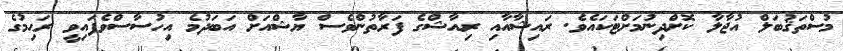
މުސްތަޤުބަލް އުޖާލާ ކޮށްދިނުމަށްޓަކައެވެ. ރައިޝާއާއި ރިއާޝްގެ ފަރާތުންވެސް ޔާޝްއަށް އަބަދުމެ އިހުސާސްވެފައިވީ ރަޙިމުގެ